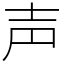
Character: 声